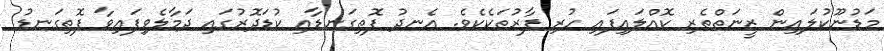
މަޑުނޫކުލައިން ޒީނަތްތެރި ކޮއްލައިފައި ހުރި ފާރުތަކެކެވެ. އެނދު ފޮތިގަނޑާއި ކުޑަދޮރުގައި ދަމާލެވިފައިވާ ފޮތިގަނޑު